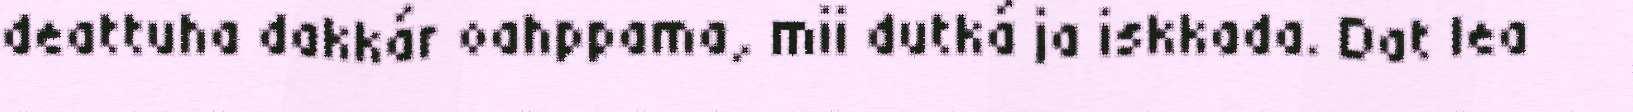
deattuha dakkár oahppama, mii dutká ja iskkada. Dat lea